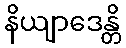
နိယျာဒေန္တိ